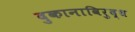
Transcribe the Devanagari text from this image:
दुकानाविरुद्ध